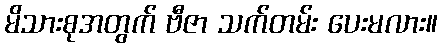
မိသားစုအတွက် ဗီဇာ သက်တမ်း ပေးမလား။